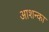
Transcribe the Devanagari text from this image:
आशन्का